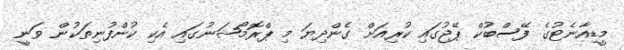
މީޑިއާނެޓުގެ ފޭސްބުކް ޕޭޖުގައި ކުރިއަށް ގެންދިޔަ މި ޕްރޮމޯޝަނުގައި އެކި ކުންފުނިތަކުން ވަނީ